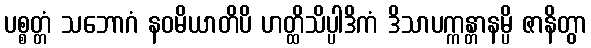
ပစ္စတ္တံ သဘောဂံ နဝမိယာတိပိ ဟတ္ထိသိပ္ပါဒိကံ ဒိသာပက္ကန္တာနမ္ပိ ဇာနိတွာ